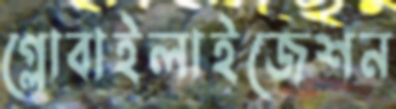
গ্লোবাইলাইজেশন